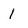
Character: 1